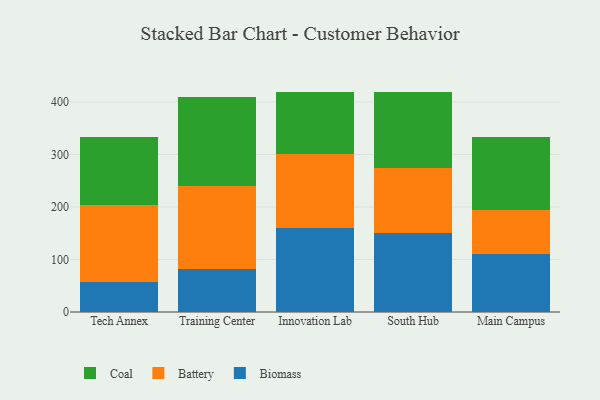
{"axis": {"x": "Campus", "y": "Conversion Rate (%)"}, "legend": ["Battery", "Biomass", "Coal"], "data": [{"x": "Tech Annex", "y": 56.2, "type": "Biomass"}, {"x": "Tech Annex", "y": 147.3, "type": "Battery"}, {"x": "Tech Annex", "y": 129.2, "type": "Coal"}, {"x": "Training Center", "y": 81.0, "type": "Biomass"}, {"x": "Training Center", "y": 159.7, "type": "Battery"}, {"x": "Training Center", "y": 168.8, "type": "Coal"}, {"x": "Innovation Lab", "y": 159.4, "type": "Biomass"}, {"x": "Innovation Lab", "y": 141.8, "type": "Battery"}, {"x": "Innovation Lab", "y": 117.9, "type": "Coal"}, {"x": "South Hub", "y": 149.9, "type": "Biomass"}, {"x": "South Hub", "y": 124.9, "type": "Battery"}, {"x": "South Hub", "y": 144.8, "type": "Coal"}, {"x": "Main Campus", "y": 110.7, "type": "Biomass"}, {"x": "Main Campus", "y": 83.3, "type": "Battery"}, {"x": "Main Campus", "y": 138.8, "type": "Coal"}]}